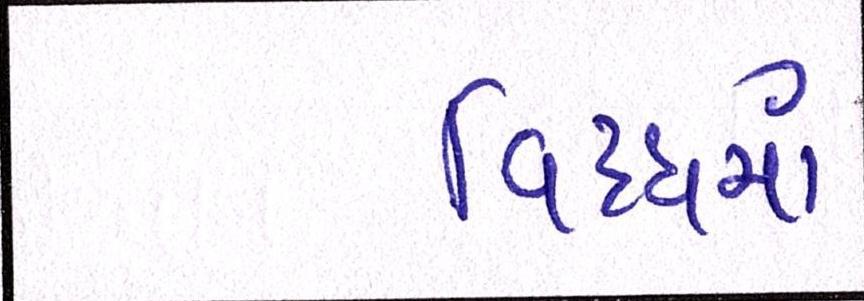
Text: વિધ્ધમાં